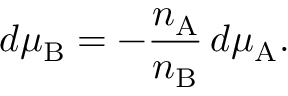
d \mu _ { \mathrm { B } } = - { \frac { n _ { \mathrm { A } } } { n _ { \mathrm { B } } } } \, d \mu _ { \mathrm { A } } .